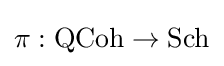
\pi :\operatorname {QCoh} \to \operatorname {Sch}